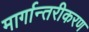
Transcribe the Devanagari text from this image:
मार्गान्तरीकरण